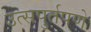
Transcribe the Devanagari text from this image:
उत्सपुर्तपणे